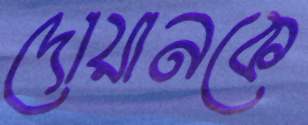
দোয়ানকে